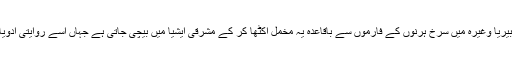
چین، نیوزی لینڈ اور سائبیریا وغیرہ میں سرخ ہرنوں کے فارموں سے باقاعدہ یہ مخمل اکٹھا کر کے مشرقی ایشیا میں بیچی جاتی ہے جہاں اسے روایتی ادویات میں شامل کرتے ہیں۔